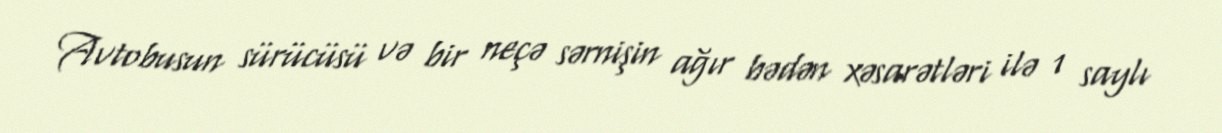
Avtobusun sürücüsü və bir neçə sərnişin ağır bədən xəsarətləri ilə 1 saylı